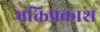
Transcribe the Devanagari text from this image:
भक्तिप्रकाश